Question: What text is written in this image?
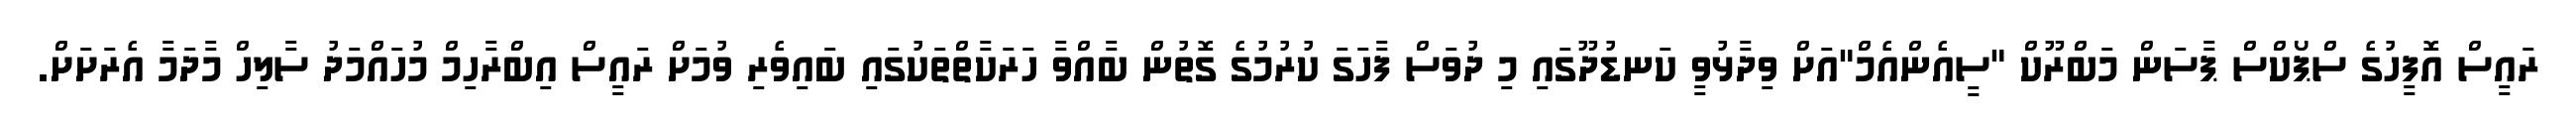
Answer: ރައީސް އޮފީހުގެ ސްޕޯކްސް ޕާސަން މަބްރޫކް "ސީއެންއެމް"އަށް ވިދާޅުވީ ކަނޑުދޫގައި މި ދުވަސް ފާހަގަ ކުރުމުގެ ގޮތުން ބާއްވާ ހަރަކާތްތަކުގައި ބައިވެރި ވުމަށް ރައީސް އިބްރާހިމް މުހައްމަދު ސާލިހް މާދަމާ އެރަށަށް.